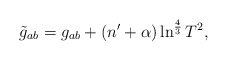
\begin{align*}\tilde{g}_{ab}=g_{ab}+(n'+\alpha)\ln^{\frac{4}{3}}T^2 ,\end{align*}